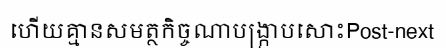
ហើយគ្មានសមត្ថកិច្ចណាបង្ក្រាបសោះPost-next